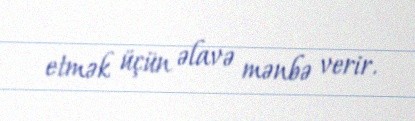
etmək üçün əlavə mənbə verir.